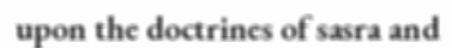
upon the doctrines of sasra and